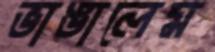
ভাঙালেম